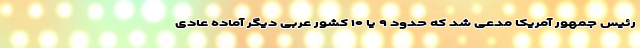
رئیس جمهور آمریکا مدعی شد که حدود ۹ یا ۱۰ کشور عربی دیگر آماده عادی